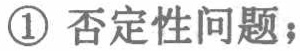
\textcircled{1} 否定性问题；